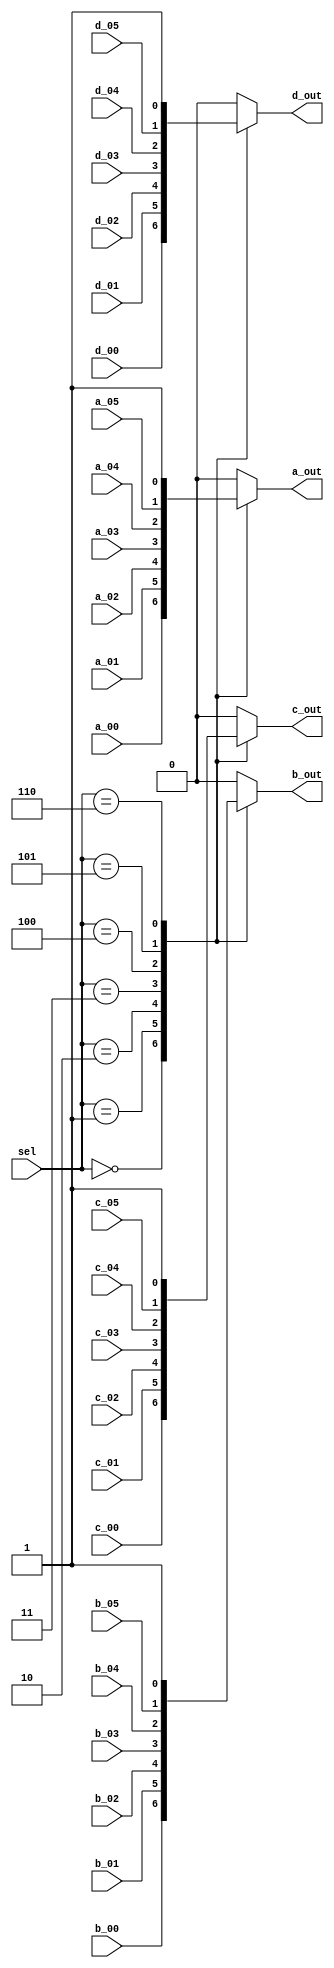
`timescale 1ns / 1ps
//////////////////////////////////////////////////////////////////////////////////
// Company: 
// Engineer: 
// 
// Design Name: 
// Module Name: mux
// Project Name: 
// Target Devices: 
// Tool Versions: 
// Description: 
// 
// Dependencies: 
// 
// Revision:
// Revision 0.01 - File Created
// Additional Comments:
// 
//////////////////////////////////////////////////////////////////////////////////


module mux
        #(parameter
            A_LEN = 1,
            B_LEN = 1,
            C_LEN = 1,
            D_LEN = 1
        )
        (
            sel,
            a_out, b_out, c_out, d_out,
            a_00, b_00, c_00, d_00,
            a_01, b_01, c_01, d_01,
            a_02, b_02, c_02, d_02,
            a_03, b_03, c_03, d_03,
            a_04, b_04, c_04, d_04,
            a_05, b_05, c_05, d_05
        );
    
    input [2:0] sel;
    input [A_LEN - 1: 0] a_00, a_01, a_02, a_03, a_04, a_05;
    input [B_LEN - 1: 0] b_00, b_01, b_02, b_03, b_04, b_05;
    input [C_LEN - 1: 0] c_00, c_01, c_02, c_03, c_04, c_05;
    input [D_LEN - 1: 0] d_00, d_01, d_02, d_03, d_04, d_05;
    
    output reg [A_LEN - 1: 0] a_out;
    output reg [B_LEN - 1: 0] b_out;
    output reg [C_LEN - 1: 0] c_out;
    output reg [D_LEN - 1: 0] d_out;
    
    localparam  s00 = 3'b000,
                s01 = 3'b001,
                s02 = 3'b010,
                s03 = 3'b011,
                s04 = 3'b100,
                s05 = 3'b101,
                s_err = 3'b110;
                
    always@(
            sel,
            a_00, b_00, c_00, d_00,
            a_01, b_01, c_01, d_01,
            a_02, b_02, c_02, d_02,
            a_03, b_03, c_03, d_03,
            a_04, b_04, c_04, d_04,
            a_05, b_05, c_05, d_05
            )
    begin
    
    case (sel)
        s00:
        begin
            a_out = a_00;
            b_out = b_00;
            c_out = c_00;
            d_out = d_00;
        end
        
        s01:
        begin
            a_out = a_01;
            b_out = b_01;
            c_out = c_01;
            d_out = d_01;
        end
        
        s02:
        begin
            a_out = a_02;
            b_out = b_02;
            c_out = c_02;
            d_out = d_02;
        end
        
        s03:
        begin
            a_out = a_03;
            b_out = b_03;
            c_out = c_03;
            d_out = d_03;
        end
        
        s04:
        begin
            a_out = a_04;
            b_out = b_04;
            c_out = c_04;
            d_out = d_04;
        end

        s05:
        begin
            a_out = a_05;
            b_out = b_05;
            c_out = c_05;
            d_out = d_05;
        end
        
        s_err:
        begin            
            a_out = ~0;
            b_out = ~0;
            c_out = ~0;
            d_out = ~0;
        end
        
        default:
        begin
            a_out = 0;
            b_out = 0;
            c_out = 0;
            d_out = 0;
        end
        
    endcase
    
    end //end always
    
endmodule